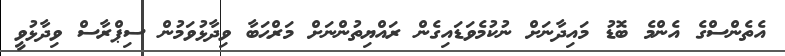
އެތެންސްގެ އެންމެ ބޮޑު މައިދާނަށް ނުކުމެވަޑައިގެން ރައްޔިތުންނަށް މަރްޙަބާ ވިދާޅުވަމުން ސިޕްރާސް ވިދާޅުވީ